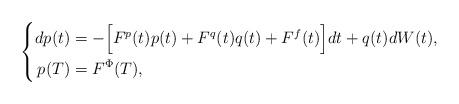
LaTeX: \begin{align*} \left\{\begin{aligned} dp(t)&=-\Big[F^p(t)p(t)+F^q(t)q(t)+F^f(t)\Big]dt+q(t)dW(t),\\ p(T)&=F^\Phi(T), \end{aligned}\right. \end{align*}